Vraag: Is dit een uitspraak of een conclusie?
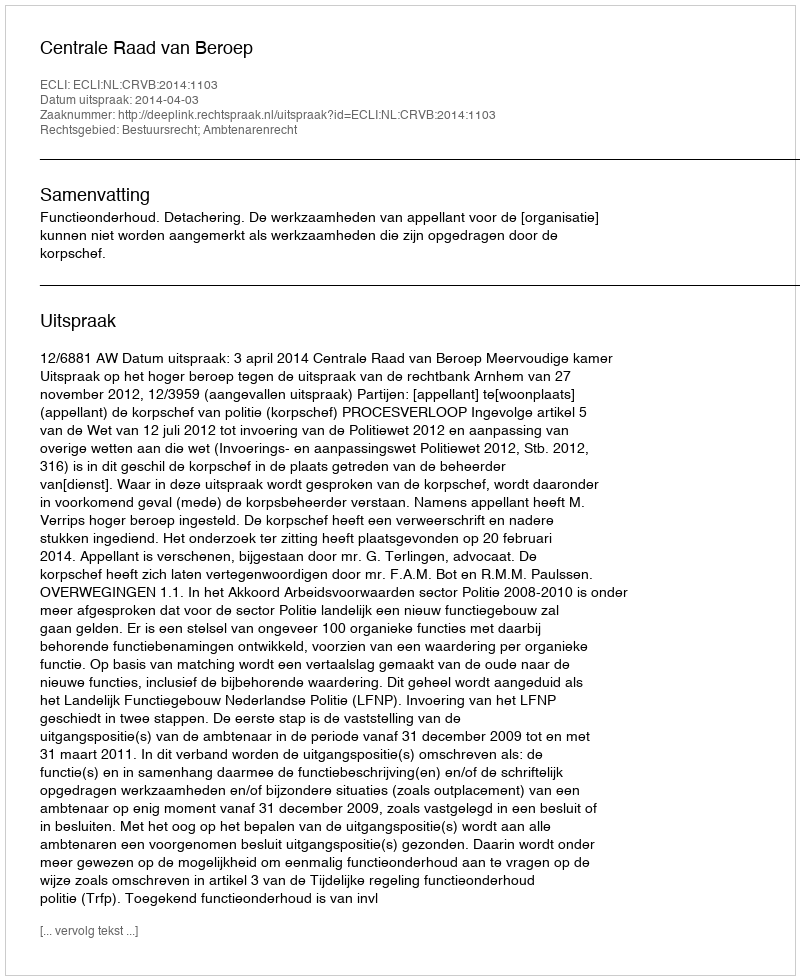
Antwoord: Uitspraak